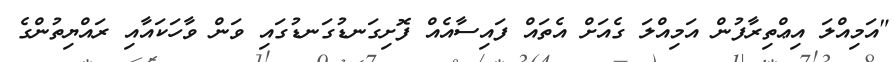
"އަމިއްލަ އިޢްތިރާފުން އަމިއްލަ ގެއަށް އެތައް ފައިސާއެއް ފޮށިގަނޑުގަނޑުގައި ވަން ވާހަކައާއި ރައްޔިތުންގެ